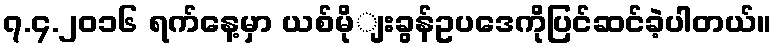
၇.၄.၂ဝ၁၆ ရက်နေ့မှာ ယစ်မိုျးခွန်ဥပဒေကိုပြင်ဆင်ခဲ့ပါတယ်။